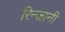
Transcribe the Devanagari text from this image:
रिन्जानी